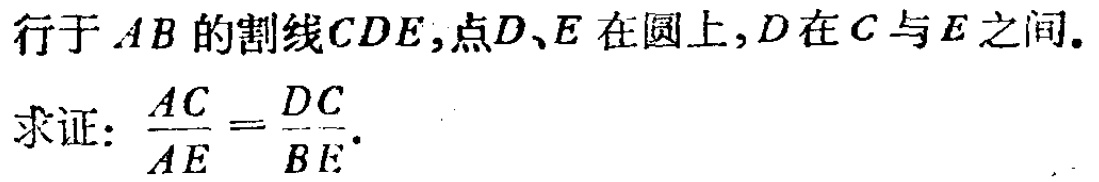
行于 \(AB\) 的割线 \(CDE\)，点 \(D\)、\(E\) 在圆上，\(D\) 在 \(C\) 与 \(E\) 之间。
求证：\(\frac{AC}{AE}=\frac{DC}{BE}\)。